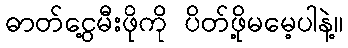
ဓာတ်ငွေ့မီးဖိုကို ပိတ်ဖို့မမေ့ပါနဲ့။